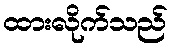
ထားလိုက်သည်